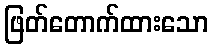
ဖြတ်တောက်ထားသော